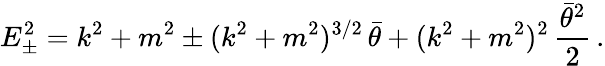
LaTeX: E_{\pm}^{2}=k^{2}+m^{2}\pm(k^{2}+m^{2})^{3/2}\, \bar{\theta}+(k^{2}+m^{2})^{2}\, \frac{\bar{\theta}^{2}}{2}\, .